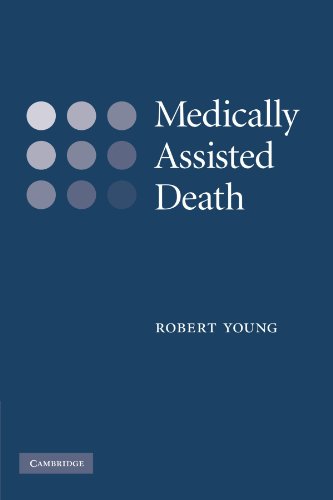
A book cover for Medically Assisted Death; Robert Young; Medical Books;